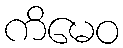
ကိမေဝ